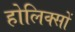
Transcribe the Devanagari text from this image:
होलिक्सों